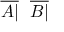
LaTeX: { \overline { { A | } } } \ \ { \overline { { B | } } }